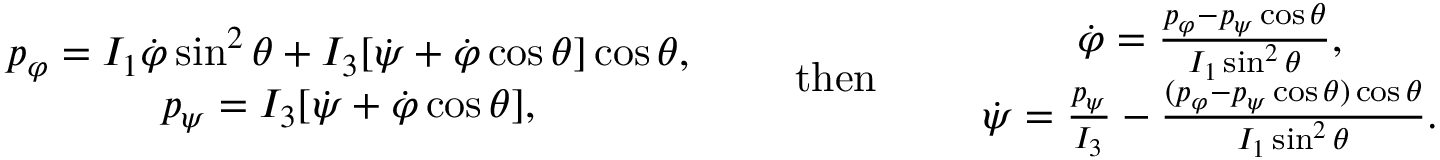
\begin{array} { r } { \begin{array} { c } { p _ { \varphi } = I _ { 1 } \dot { \varphi } \sin ^ { 2 } \theta + I _ { 3 } [ \dot { \psi } + \dot { \varphi } \cos \theta ] \cos \theta , } \\ { p _ { \psi } = I _ { 3 } [ \dot { \psi } + \dot { \varphi } \cos \theta ] , } \end{array} \qquad \mathrm { t h e n } \qquad \begin{array} { c } { \dot { \varphi } = \frac { p _ { \varphi } - p _ { \psi } \cos \theta } { I _ { 1 } \sin ^ { 2 } \theta } , } \\ { \dot { \psi } = \frac { p _ { \psi } } { I _ { 3 } } - \frac { ( p _ { \varphi } - p _ { \psi } \cos \theta ) \cos \theta } { I _ { 1 } \sin ^ { 2 } \theta } . } \end{array} } \end{array}